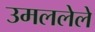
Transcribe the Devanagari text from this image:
उमललेले